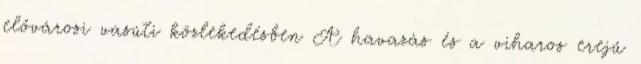
elővárosi vasúti közlekedésben A havazás és a viharos erejű